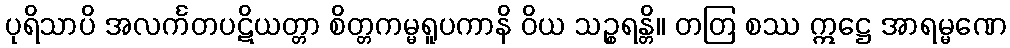
ပုရိသာပိ အလင်္ကတပဋိယတ္တာ စိတ္တကမ္မရူပကာနိ ဝိယ သဉ္စရန္တိ။ တတြ စဿ ဣဋ္ဌေ အာရမ္မဏေ